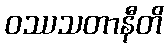
ဝဿသတာနီတိ